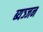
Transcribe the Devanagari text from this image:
ब्यञ्जन